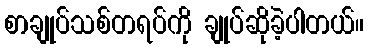
စာချုပ်သစ်တရပ်ကို ချုပ်ဆိုခဲ့ပါတယ်။